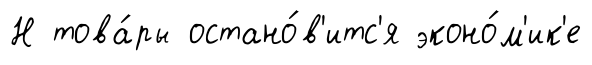
Н това́ры остано́в'итс'я эконо́м'ик'е